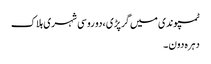
ٹمپو ندی میں گرپڑی ،دو روسی شہری ہلاک
دہرہ دون ۔